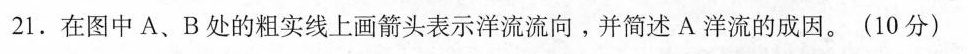
在图中A、B处的粗实线上画箭头表示洋流流向。并简述A洋流的成因。(10分)